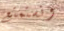
ونستمتع